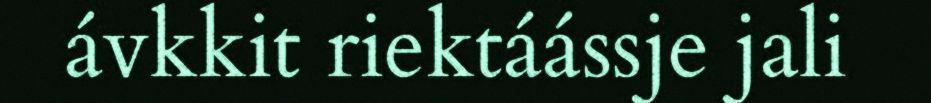
ávkkit riektáássje jali